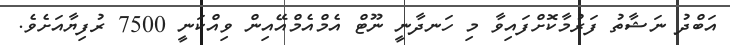
އަބްދު ނަޝާތު ފަރުމާކޮށްފައިވާ މި ހަނދާނީ ނޫޓް އެމްއެމްއޭއިން ވިއްކަނީ 7500 ރުފިޔާއަށެވެ.